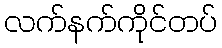
လက်နက်ကိုင်တပ်